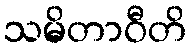
သမိတာဝီတိ